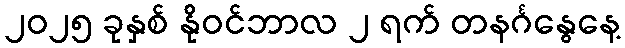
၂၀၂၅ ခုနှစ် နိုဝင်ဘာလ ၂ ရက် တနင်္ဂနွေနေ့